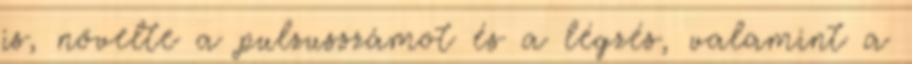
is, növelte a pulzusszámot és a légzés, valamint a